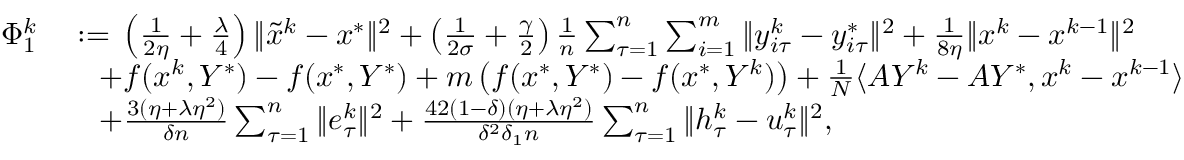
\begin{array} { r l } { \Phi _ { 1 } ^ { k } } & { \; { : = } \; \left( \frac { 1 } { 2 \eta } + \frac { \lambda } { 4 } \right) \| { \tilde { x } } ^ { k } - x ^ { * } \| ^ { 2 } + \left( \frac { 1 } { 2 \sigma } + \frac { \gamma } { 2 } \right) \frac { 1 } { n } \sum _ { \tau = 1 } ^ { n } \sum _ { i = 1 } ^ { m } \| y _ { i \tau } ^ { k } - y _ { i \tau } ^ { * } \| ^ { 2 } + \frac { 1 } { 8 \eta } \| x ^ { k } - x ^ { k - 1 } \| ^ { 2 } } \\ & { \quad + f ( x ^ { k } , Y ^ { * } ) - f ( x ^ { * } , Y ^ { * } ) + m \left( f ( x ^ { * } , Y ^ { * } ) - f ( x ^ { * } , Y ^ { k } ) \right) + \frac { 1 } { N } \langle A Y ^ { k } - A Y ^ { * } , x ^ { k } - x ^ { k - 1 } \rangle } \\ & { \quad + \frac { 3 ( \eta + \lambda \eta ^ { 2 } ) } { \delta n } \sum _ { \tau = 1 } ^ { n } \| e _ { \tau } ^ { k } \| ^ { 2 } + \frac { 4 2 ( 1 - \delta ) ( \eta + \lambda \eta ^ { 2 } ) } { \delta ^ { 2 } \delta _ { 1 } n } \sum _ { \tau = 1 } ^ { n } \| h _ { \tau } ^ { k } - u _ { \tau } ^ { k } \| ^ { 2 } , } \end{array}